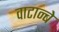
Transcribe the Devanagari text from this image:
वाटान्बे